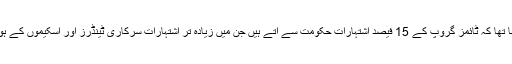
ان کا کہنا تھا کہ ٹائمز گروپ کے 15 فیصد اشتہارات حکومت سے آتے ہیں جن میں زیادہ تر اشتہارات سرکاری ٹینڈرز اور اسکیموں کے ہوتے ہیں'۔